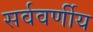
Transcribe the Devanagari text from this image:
सर्ववर्णीय